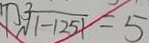
\sqrt [ 3 ] { 1 - 1 2 5 1 } = 5